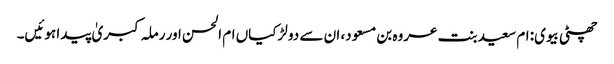
چھٹی بیوی: ام سعید بنت عروہ بن مسعود، ان سے دو لڑکیاں ام الحسن اور رملہ کبریٰ پیدا ہوئیں۔